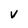
Character: V